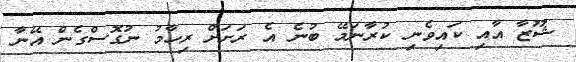
ޝޫޒާ އާއި ކައިވެނި ކުރާނަމޭ ބުނެ އެ ރަށަށް ރިހާމު ނުގޮސްގެން އޭނާ